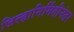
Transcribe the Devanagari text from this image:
जिल्हानिर्मितीनंतर